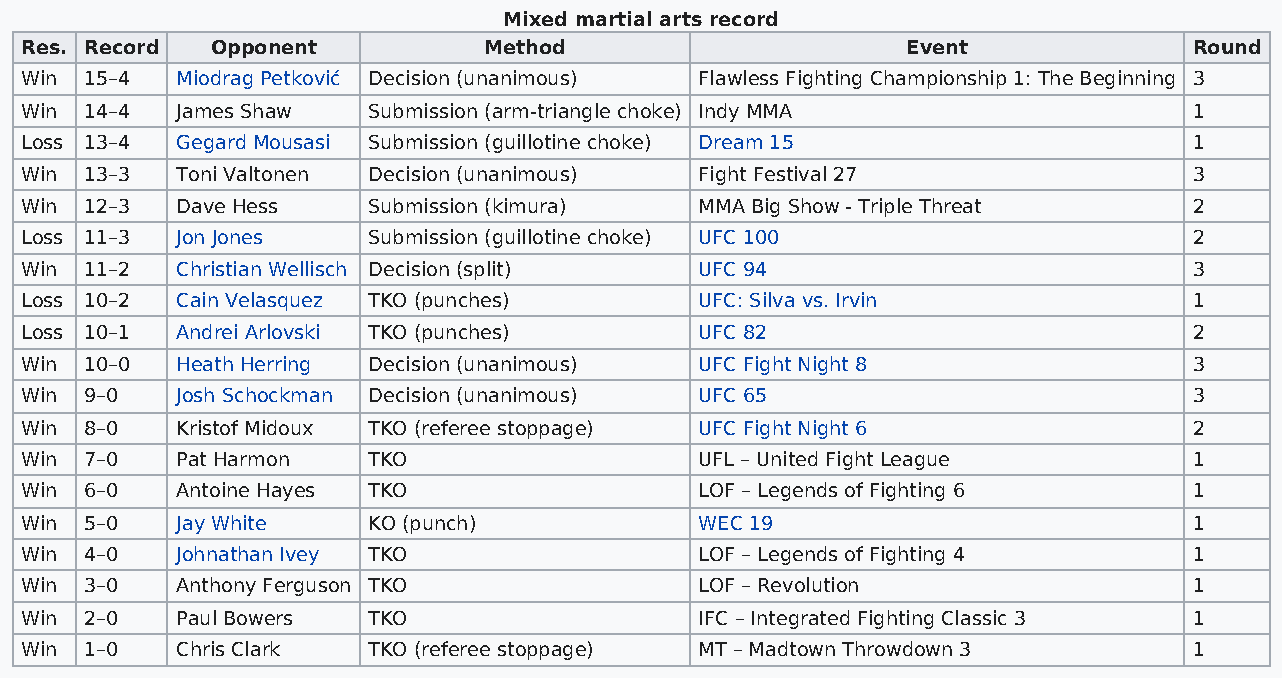
Mixed martial arts record
 Res. Record  Opponent          Method                      Event              Round
 Win  15–4  Miodrag Petković Decision (unanimous) Flawless Fighting Championship 1: The Beginning 3
 Win  14–4  James Shaw  Submission (arm-triangle choke) Indy MMA               1
 Loss 13–4  Gegard Mousasi Submission (guillotine choke) Dream 15              1
 Win  13–3  Toni Valtonen Decision (unanimous) Fight Festival 27               3
 Win  12–3  Dave Hess   Submission (kimura)   MMA Big Show - Triple Threat     2
 Loss 11–3  Jon Jones   Submission (guillotine choke) UFC 100                  2
 Win  11–2  Christian Wellisch Decision (split) UFC 94                         3
 Loss 10–2  Cain Velasquez TKO (punches)      UFC: Silva vs. Irvin             1
 Loss 10–1  Andrei Arlovski TKO (punches)     UFC 82                           2
 Win  10–0  Heath Herring Decision (unanimous) UFC Fight Night 8               3
 Win  9–0   Josh Schockman Decision (unanimous) UFC 65                         3
 Win  8–0   Kristof Midoux TKO (referee stoppage) UFC Fight Night 6            2
 Win  7–0   Pat Harmon  TKO                   UFL – United Fight League        1
 Win  6–0   Antoine Hayes TKO                 LOF – Legends of Fighting 6      1
 Win  5–0   Jay White   KO (punch)            WEC 19                           1
 Win  4–0   Johnathan Ivey TKO                LOF – Legends of Fighting 4      1
 Win  3–0   Anthony Ferguson TKO              LOF – Revolution                 1
 Win  2–0   Paul Bowers TKO                   IFC – Integrated Fighting Classic 3 1
 Win  1–0   Chris Clark TKO (referee stoppage) MT – Madtown Throwdown 3        1